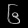
Digit: ၆